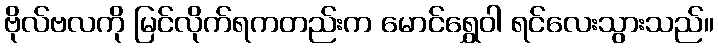
ဗိုလ်ဗလကို မြင်လိုက်ရကတည်းက မောင်ရွှေဝါ ရင်လေးသွားသည်။